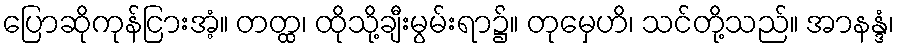
ပြောဆိုကုန်ငြားအံ့။ တတ္ထ၊ ထိုသို့ချီးမွမ်းရာ၌။ တုမှေဟိ၊ သင်တို့သည်။ အာနန္ဒံ၊